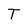
Character: T